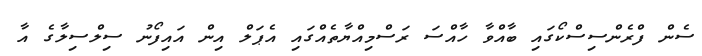
ސެން ފްރެންސިސްކޯގައި ބާއްވާ ހާއްސަ ރަސްމިއްޔާތެއްގައި އެޕަލް އިން އައިފޯނު ސިލްސިލާގެ އާ